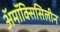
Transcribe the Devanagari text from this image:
अॅमॉक्सिसिलीन